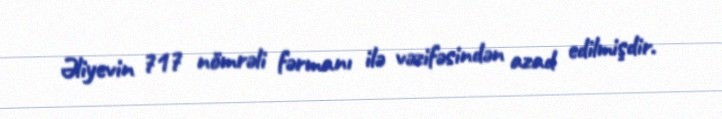
Əliyevin 717 nömrəli fərmanı ilə vəzifəsindən azad edilmişdir.